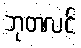
ဘုတလင်